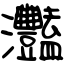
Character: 灩